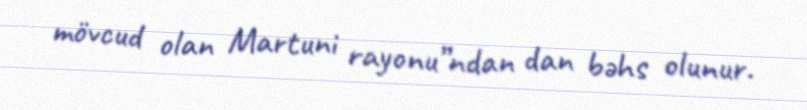
mövcud olan Martuni rayonu”ndan dan bəhs olunur.